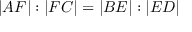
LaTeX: | A F | : | F C | = | B E | : | E D |